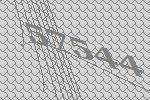
57544